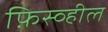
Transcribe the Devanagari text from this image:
फ़िस्व्हील